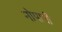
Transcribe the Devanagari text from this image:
नोपानी